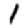
Digit: 1